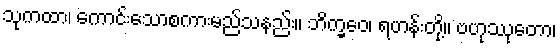
သုကထာ၊ ကောင်းသောစကားမည်သနည်း။ ဘိက္ခဝေ၊ ရဟန်းတို့။ ဗဟုဿုတော၊